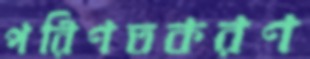
পরিণতকরণ